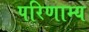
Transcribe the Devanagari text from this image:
परिणाम्य